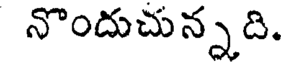
నొందుచున్నది.